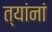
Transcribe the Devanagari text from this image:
त्‍यांनां